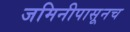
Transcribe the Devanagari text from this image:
जमिनीपासूनच